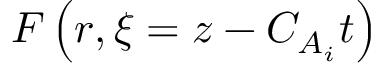
F \left( r , \xi = z - C _ { A _ { i } } t \right)